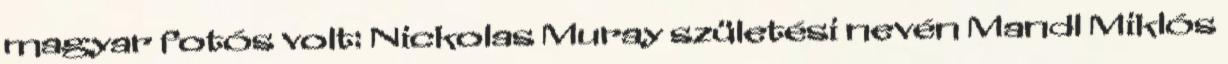
magyar fotós volt: Nickolas Muray születési nevén Mandl Miklós